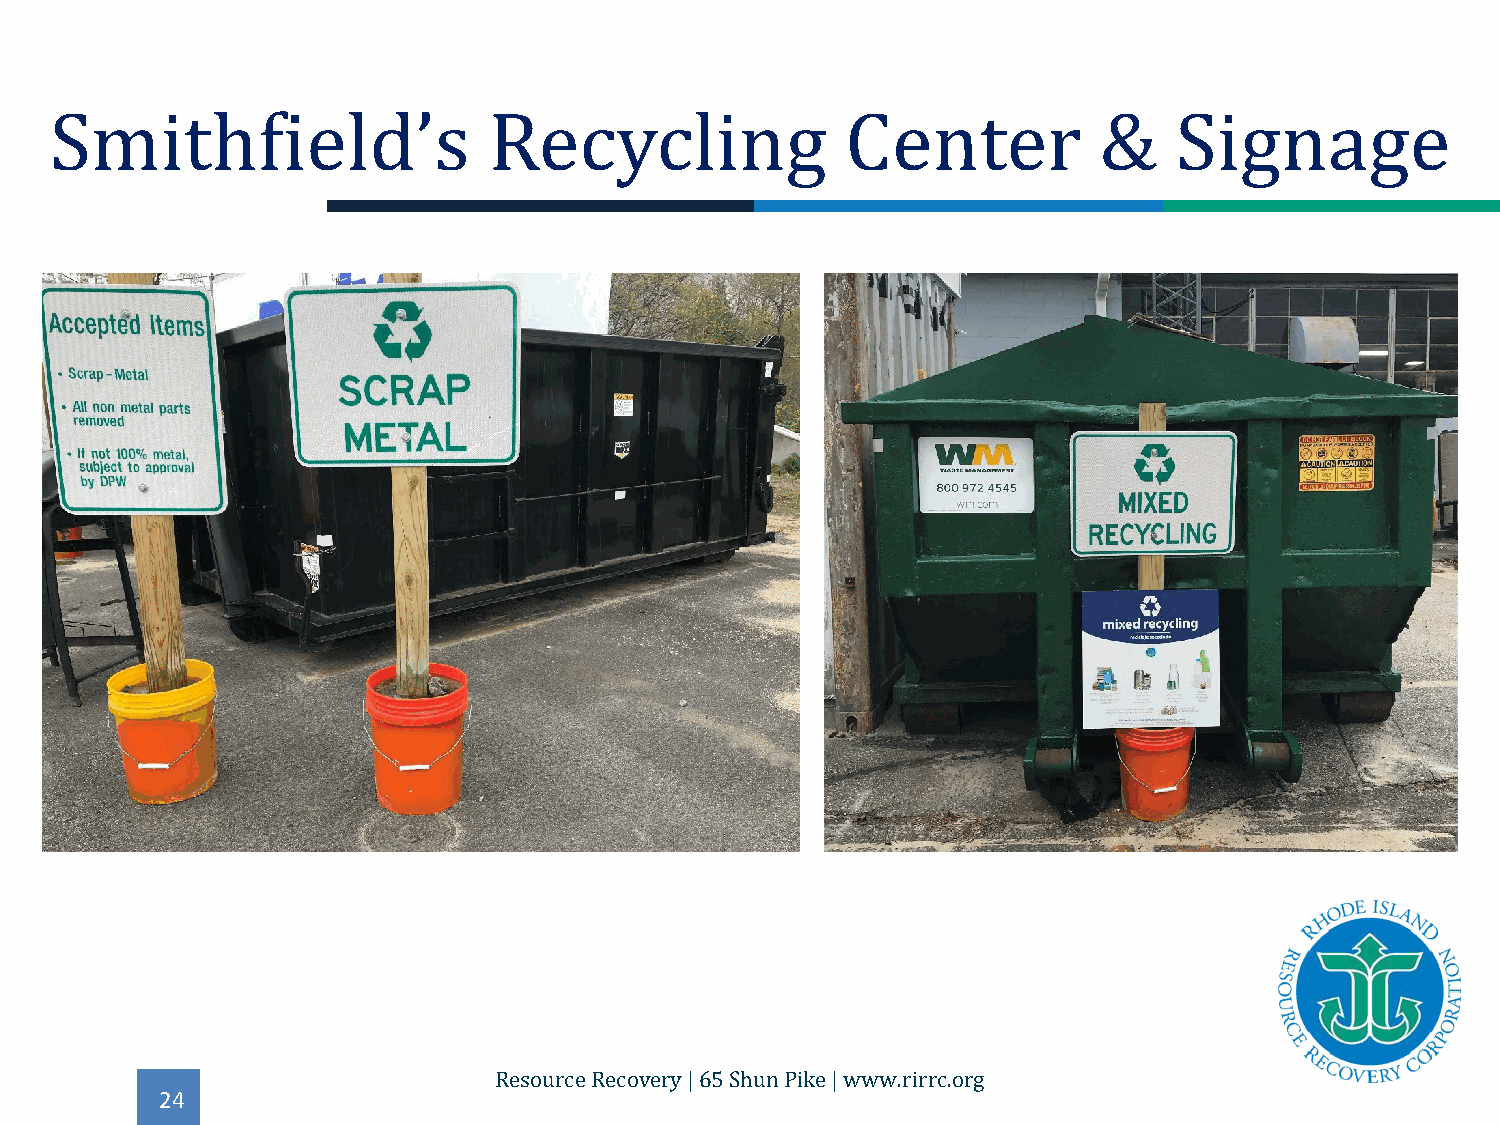
Smithfield’s                 Recycling               Center           &    Signage
 24
 Resource Recovery | 65 Shun Pike | www.rirrc.org